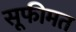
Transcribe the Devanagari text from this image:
सूफीमत